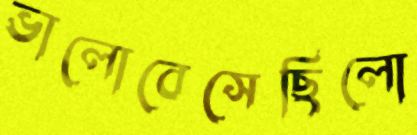
ভালোবেসেছিলো